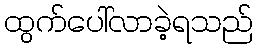
ထွက်ပေါ်လာခဲ့ရသည်